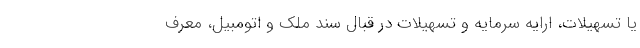
یا تسهیلات، ارایه سرمایه و تسهیلات در قبال سند ملک و اتومبیل، معرف